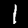
Digit: 1